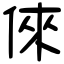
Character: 倈